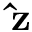
\mathbf { \hat { z } }